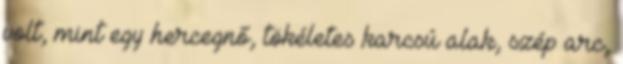
volt, mint egy hercegnő, tökéletes karcsú alak, szép arc,